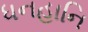
ધનહાનિ